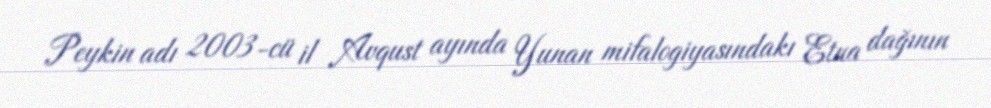
Peykin adı 2003-cü il Avqust ayında Yunan mifalogiyasındakı Etna dağının